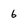
Character: 6